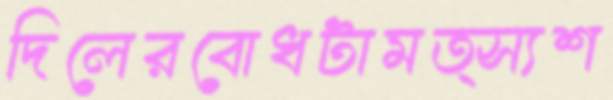
দিলেরবোধটামত্স্যশ